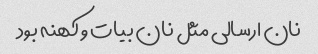
نان ارسالی مثل نان بیات و کهنه بود